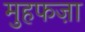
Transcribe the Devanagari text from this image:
मुहफज़ा